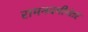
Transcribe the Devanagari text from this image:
रामनवमीनंतर